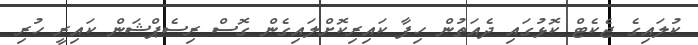
ކުލައިގެ ޖެކެޓް ކޮޅުގައި ދެއަތުން ހިފާ ކައިރިކޮށްލައިގެން ގޮސް ރިސެޕްޝަން ކައިރީ ހުރި